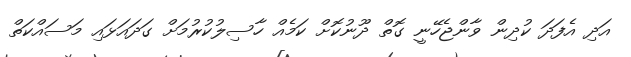
އަދި އެފަދަ ކުދިން ވާންޖެހޭނީ ގޮތް ދޫނުކޮށް ކަމެއް ހާސިލުކުރުމަށް ގަދައަޅައި މަސައްކަތް